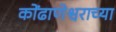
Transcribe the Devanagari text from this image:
कोंढाणेश्वराच्या